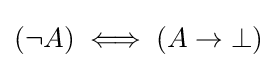
(\neg A)\iff (A\to \bot )